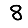
Digit: 8